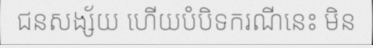
ជនសង្ស័យ ហើយបំបិទករណីនេះ មិន